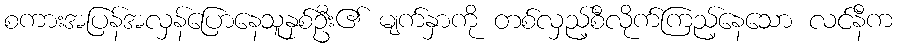
စကားအပြန်အလှန်ပြောနေသူနှစ်ဦး၏ မျက်နှာကို တစ်လှည့်စီလိုက်ကြည့်နေသော လင်နီက